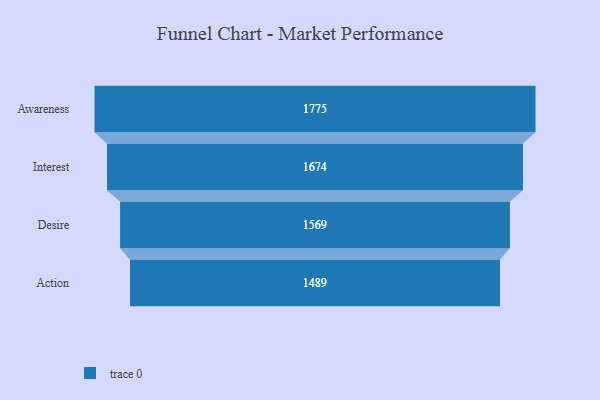
{"axis": {"x": "Stage", "y": "Value"}, "legend": [""], "data": [{"x": "Awareness", "y": 1775.0, "type": ""}, {"x": "Interest", "y": 1674.0, "type": ""}, {"x": "Desire", "y": 1569.0, "type": ""}, {"x": "Action", "y": 1489.0, "type": ""}]}